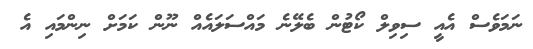
ނަމަވެސް އެއީ ސިވިލް ކޯޓުން ބެލޭނެ މައްސަލައެއް ނޫން ކަމަށް ނިންމައި އެ